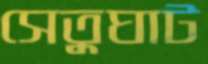
সেতুঘাট